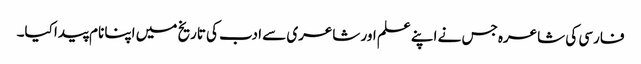
فارسی کی شاعرہ جس نے اپنے علم اور شاعری سے ادب کی تاریخ میں اپنا نام پیدا کیا۔